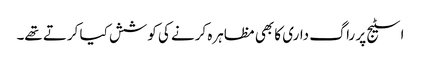
اسٹیج پر راگ داری کا بھی مظاہرہ کرنے کی کوشش کیا کرتے تھے۔